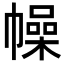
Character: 幧